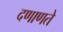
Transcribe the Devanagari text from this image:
दणाणते